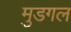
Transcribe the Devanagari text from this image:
मुडगल